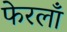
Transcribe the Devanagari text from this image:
फेरलाँ